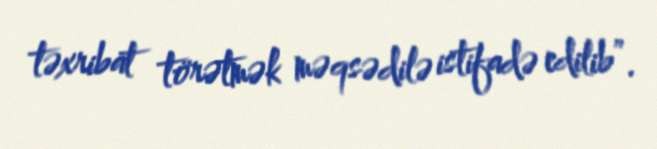
təxribat törətmək məqsədilə istifadə edilib”.